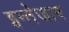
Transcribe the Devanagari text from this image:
इन्तेजार